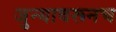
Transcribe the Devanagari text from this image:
जुन्यावरूनच